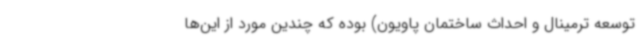
توسعه ترمینال و احداث ساختمان پاویون) بوده که چندین مورد از این‌ها